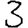
Digit: 3